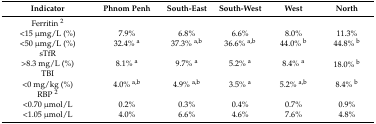
<table><thead><tr><td><b>Indicator</b></td><td><b>Phnom Penh</b></td><td><b>South-East</b></td><td><b>South-West</b></td><td><b>West</b></td><td><b>North</b></td></tr></thead><tbody><tr><td>Ferritin <sup>2</sup></td><td></td><td></td><td></td><td></td><td></td></tr><tr><td>&lt;15 μmg/L (%)</td><td>7.9%</td><td>6.8%</td><td>6.6%</td><td>8.0%</td><td>11.3%</td></tr><tr><td>&lt;50 μmg/L (%)</td><td>32.4% <sup>a</sup></td><td>37.3% <sup>a,b</sup></td><td>36.6% <sup>a,b</sup></td><td>44.0% <sup>b</sup></td><td>44.8% <sup>b</sup></td></tr><tr><td>sTfR</td><td></td><td></td><td></td><td></td><td></td></tr><tr><td>&gt;8.3 mg/L (%)</td><td>8.1% <sup>a</sup></td><td>9.7% <sup>a</sup></td><td>5.2% <sup>a</sup></td><td>8.4% <sup>a</sup></td><td>18.0% <sup>b</sup></td></tr><tr><td>TBI</td><td></td><td></td><td></td><td></td><td></td></tr><tr><td>&lt;0 mg/kg (%)</td><td>4.0% <sup>a,b</sup></td><td>4.9% <sup>a,b</sup></td><td>3.5% <sup>a</sup></td><td>5.2% <sup>a,b</sup></td><td>8.4% <sup>b</sup></td></tr><tr><td>RBP <sup>2</sup></td><td></td><td></td><td></td><td></td><td></td></tr><tr><td>&lt;0.70 μmol/L</td><td>0.2%</td><td>0.3%</td><td>0.4%</td><td>0.7%</td><td>0.9%</td></tr><tr><td>&lt;1.05 μmol/L</td><td>4.0%</td><td>6.6%</td><td>4.6%</td><td>7.6%</td><td>4.8%</td></tr></tbody></table>